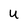
Character: U